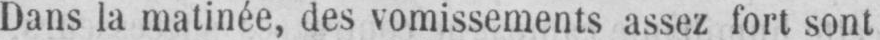
Dans la matinée, des vomissements assez fort sont